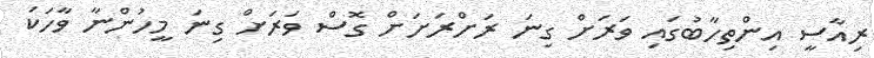
ރިއާސީ އިންތިހާބުގައި ވަރަށް ގިނަ ރަށްރަށަށް ގޮސް ވަރަށް ގިނަ މީހުންނާ ވާހަކަ